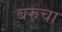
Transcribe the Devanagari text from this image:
बरुचा